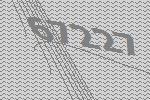
67227